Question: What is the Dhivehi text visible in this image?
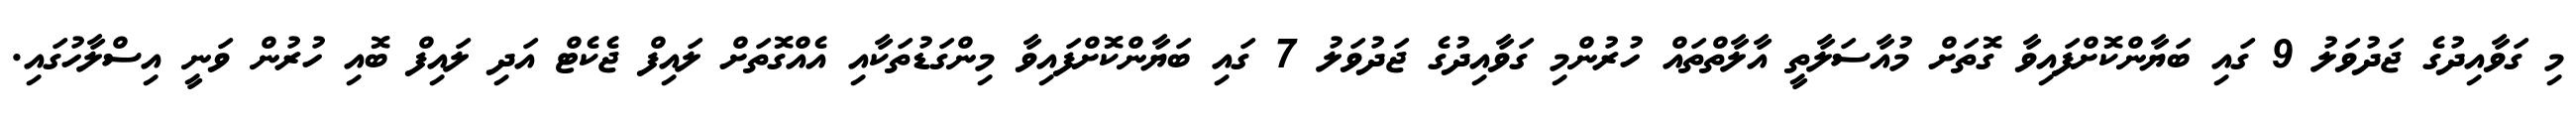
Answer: މި ގަވާއިދުގެ ޖަދުވަލު 9 ގައި ބަޔާންކޮށްފައިވާ ގޮތަށް މުއާސަލާތީ އާލާތްތައް ހުރުންމި ގަވާއިދުގެ ޖަދުވަލު 7 ގައި ބަޔާންކޮށްފައިވާ މިންގަޑުތަކާއި އެއްގޮތަށް ލައިފް ޖެކެޓް އަދި ލައިފް ބޮއި ހުރުން ވަނީ އިސްލާހުގައި.